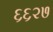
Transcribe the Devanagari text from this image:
६६२७